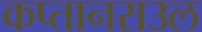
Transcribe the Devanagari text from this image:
कप्तानराउल